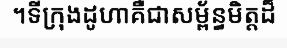
។ទីក្រុងដូហាគឺជាសម្ព័ន្ធមិត្តដ៏